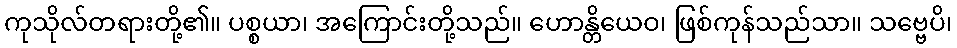
ကုသိုလ်တရားတို့၏။ ပစ္စယာ၊ အကြောင်းတို့သည်။ ဟောန္တိယေဝ၊ ဖြစ်ကုန်သည်သာ။ သဗ္ဗေပိ၊